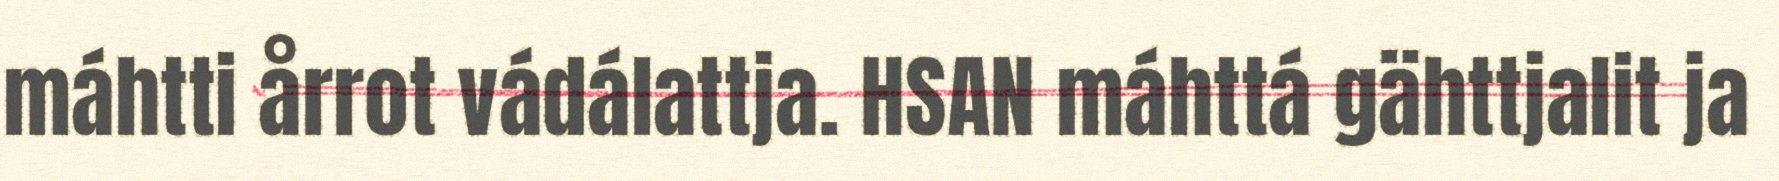
máhtti årrot vádálattja. HSAN máhttá gähttjalit ja